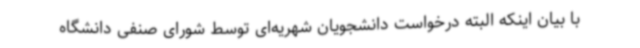
با بیان اینکه البته درخواست دانشجویان شهریه‌ای توسط شورای صنفی دانشگاه